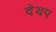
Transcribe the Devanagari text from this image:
देयप